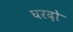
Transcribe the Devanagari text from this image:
घरदो